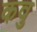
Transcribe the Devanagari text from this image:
कवु